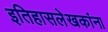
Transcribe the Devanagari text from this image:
इतिहासलेखकांना